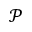
\mathcal { P }